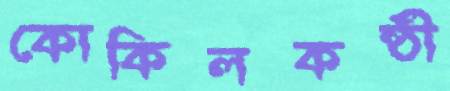
কোকিলকন্ঠী